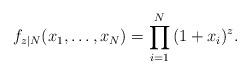
LaTeX: \begin{align*}f_{z|N}(x_1, \dots, x_N) = \prod_{i=1}^N{(1 + x_i)^z}.\end{align*}